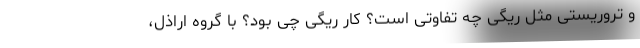
و تروریستی مثل ریگی چه تفاوتی است؟ کار ریگی چی بود؟ با گروه اراذل،